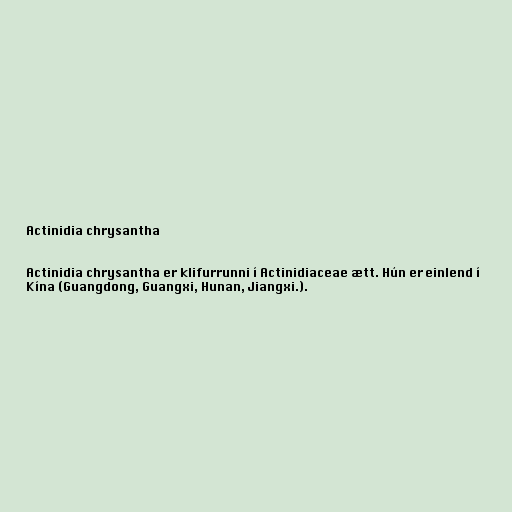
Actinidia chrysantha

Actinidia chrysantha er klifurrunni í Actinidiaceae ætt. Hún er einlend í
Kína (Guangdong, Guangxi, Hunan, Jiangxi.).